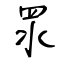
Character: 眔